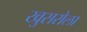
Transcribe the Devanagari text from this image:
खुसरोला